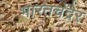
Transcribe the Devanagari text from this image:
भारतचंद्रेर